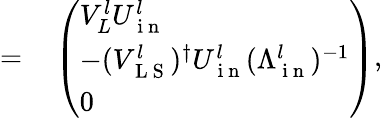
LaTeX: \begin{array}{rl}{=}&{{}\left(\begin{array}{l}{V_{L}^{l}U_{\mathrm{~i~n~}}^{l}}\\ {-(V_{\mathrm{~L~S~}}^{l})^{\dagger}U_{\mathrm{~i~n~}}^{l}(\Lambda_{\mathrm{~i~n~}}^{l})^{-1}}\\ {0}\end{array}\right),}\end{array}